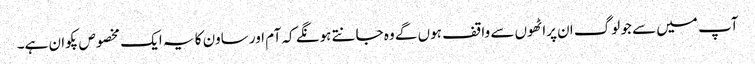
آپ میں سے جو لوگ ان پراٹھوں سے واقف ہوں گے وہ جانتے ہونگے کہ آم اور ساون کا یہ ایک مخصوص پکوان ہے۔